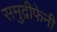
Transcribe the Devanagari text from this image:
समुद्रीफेनी